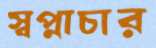
স্বপ্নাচার